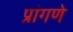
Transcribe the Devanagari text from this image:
प्रांगणे